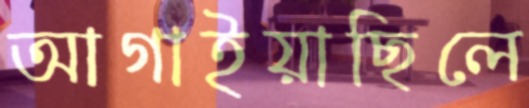
আগাইয়াছিলে